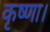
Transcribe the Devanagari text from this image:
कृष्णा।